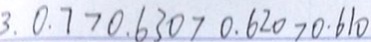
3 . 0 . 7 > 0 . 6 3 0 > 0 . 6 2 0 > 0 . 6 1 0